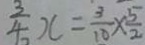
\frac { 3 } { 4 } x = \frac { 3 } { 1 0 } \times \frac { 5 } { 2 }